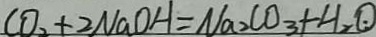
C O _ { 2 } + 2 N a O H = N a _ { 2 } C O _ { 3 } + H _ { 2 } O